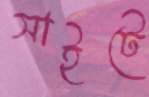
সাইটে